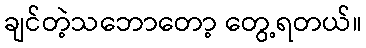
ချင်တဲ့သဘောတော့ တွေ့ရတယ်။